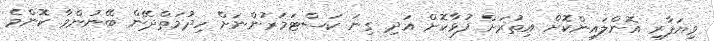
ވިޔަފާރި އޮންލައިންކޮށް އިތުރަށް ފުޅާކޮށް އަދި ގިނަ ކަސްޓަމަރުންނަށް ހިދުމަތްދޭން ބޭނުންވާ ކޮންމެ